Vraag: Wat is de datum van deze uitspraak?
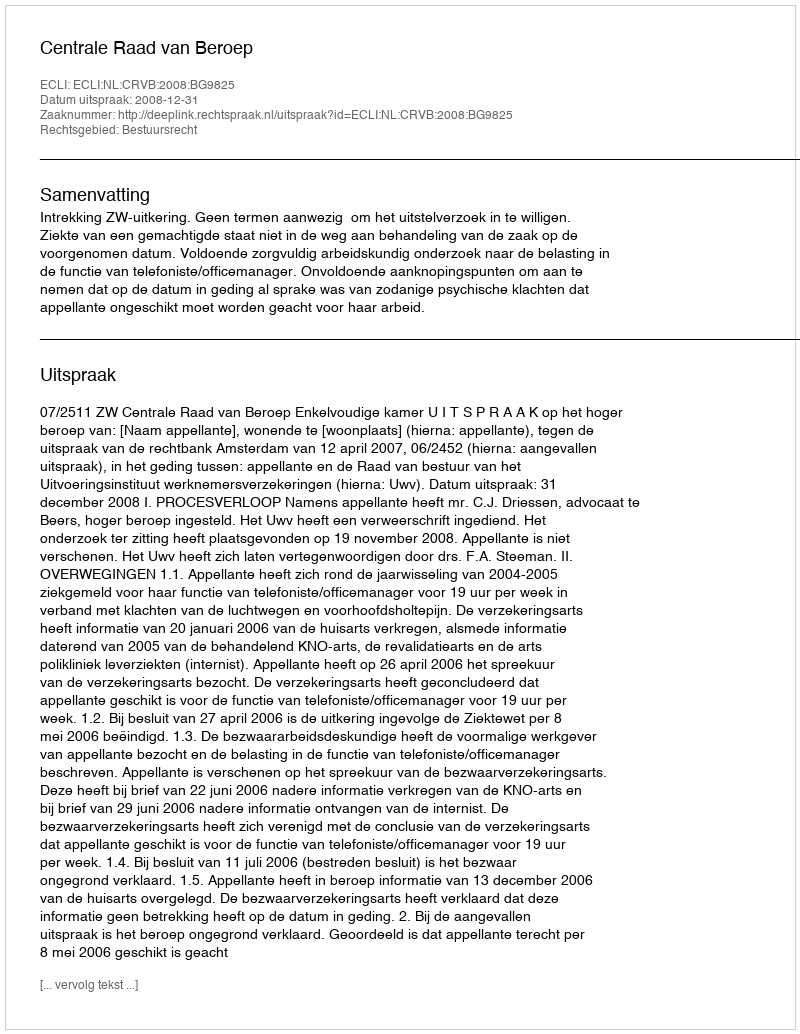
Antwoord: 2008-12-31